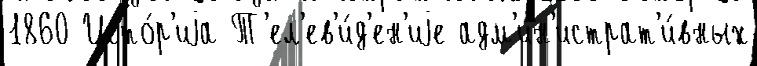
1860 Исто́р'иjа Т'ел'ев'и́д'ен'иjе адм'ин'истрат'и́вных